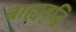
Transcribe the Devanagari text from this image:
बाह्यवृद्धि